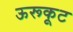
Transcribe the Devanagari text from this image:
ऊरूकूट